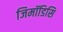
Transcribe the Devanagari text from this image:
जिमॉडिसि